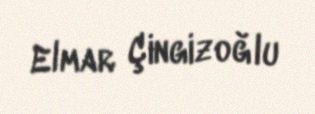
Elmar Çingizoğlu